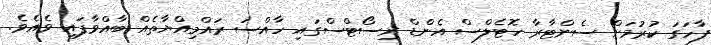
ފާހަގަ ކުރުމަށް ސެންޓާރާ ހޮޓެލްސް އެންޑް ރިސޯޓްސްގައި ހާއްސަ ރައްމިއްޔާތެއް ބާއްވާފައި ވެއެވެ.